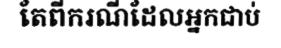
តែពីករណីដែលអ្នកជាប់